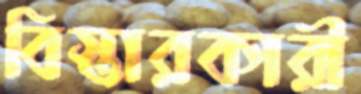
বিস্তারকারী